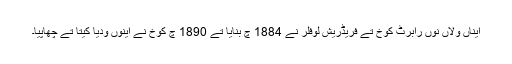
ایناں ولاں نوں رابرٹ کوخ تے فریڈریش لوفلر نے 1884 چ بنایا تے 1890 چ کوخ نے اینوں ودیا کیتا تے چھاپیا۔